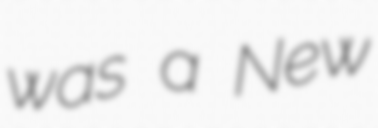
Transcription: was a New